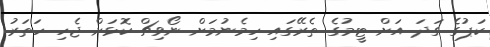
ކަޕުގެ ގަދަ އަށް ޓީމުގެ ތެރޭގައި ހިމެނުމަށް ނޯވިޗް ކޮޅަށް ޖެހި ހަތަރު